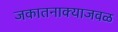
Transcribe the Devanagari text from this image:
जकातनाक्याजवळ